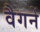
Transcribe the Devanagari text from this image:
वैगनें